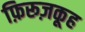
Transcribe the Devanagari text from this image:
फ़िरूज़कूह